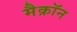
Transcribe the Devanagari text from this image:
मैक्रॉन